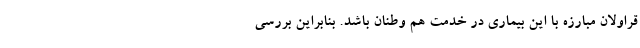
قراولان مبارزه با این بیماری در خدمت هم وطنان باشد. بنابراین بررسی